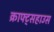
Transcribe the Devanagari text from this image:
क्राफ्ट्सहाउस